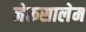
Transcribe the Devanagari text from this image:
जेरूसालेम